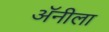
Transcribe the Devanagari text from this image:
अॅनीला